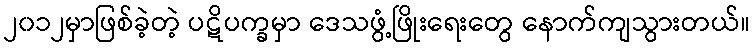
၂၀၁၂မှာဖြစ်ခဲ့တဲ့ ပဋိပက္ခမှာ ဒေသဖွံ့ဖြိုးရေးတွေ နောက်ကျသွားတယ်။